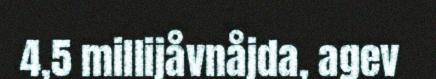
4,5 millijåvnåjda, agev